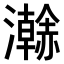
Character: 𤃬